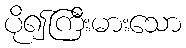
ပို၍ကြီးမားသော